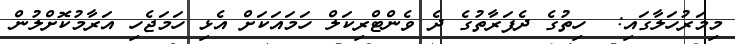
މިމަރުހަލާގައި:  ހިތުގެ ދެފަރާތުގެ ދެ ވެންޓްރިކަލް ހަމައަކަށް އެޅި ހަމަޖެހި އަރާމުކޮށްލުން